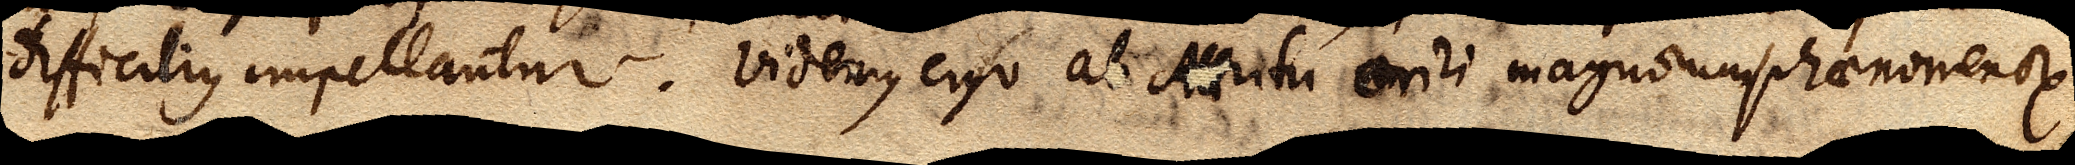
difficilius impellantur. Videmus ergo ab attritu oriri magnorumphaenomenorum